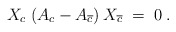
\begin{align*}X_c\; (A_c - A_{\overline{c}}) \: X_{\overline{c}} \;=\; 0\;.\end{align*}